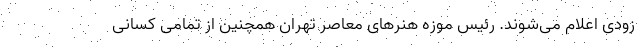
زودی اعلام می‌شوند. رئیس موزه هنرهای معاصر تهران همچنین از تمامی کسانی